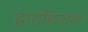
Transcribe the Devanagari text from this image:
द्वाराछिपायी